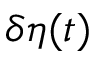
\delta \eta ( t )